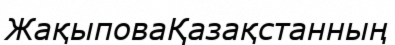
ЖақыповаҚазақстанның